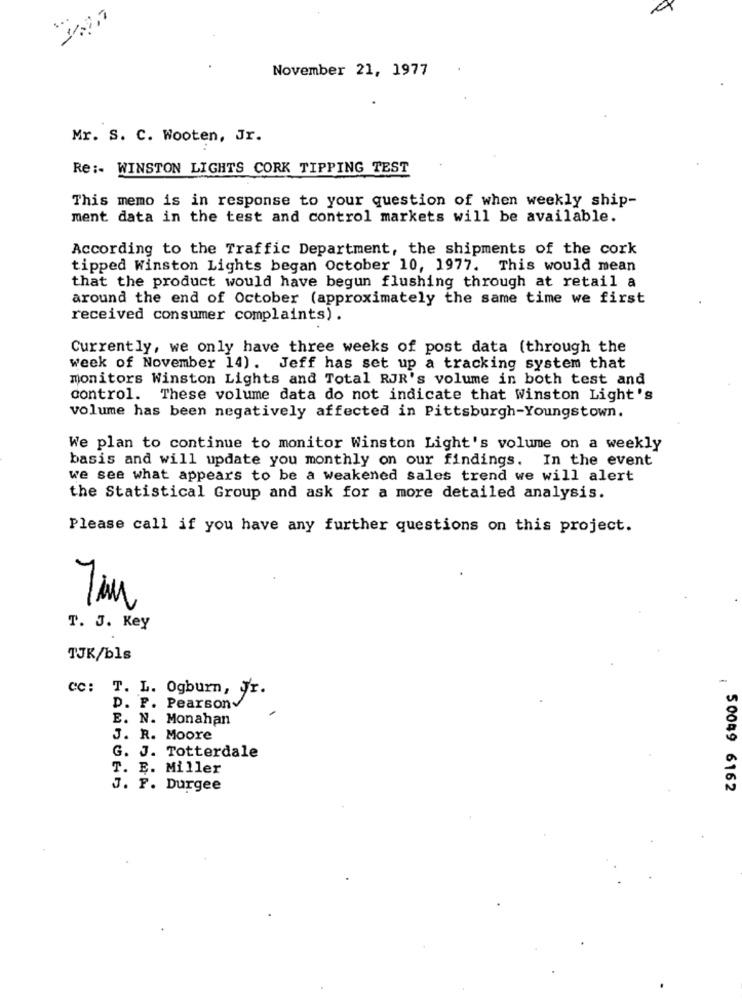
November 21, 1977
Mr. S. C. Wooten, Jr.
Re :- WINSTON LIGHTS CORK TIPPING TEST
This memo is in response to your question of when weekly ship-
ment data in the test and control markets will be available.
According to the Traffic Department, the shipments of the cork
tipped Winston Lights began October 10, 1977. This would mean
that the product would have begun flushing through at retail a
around the end of October (approximately the same time we first
received consumer complaints).
Currently, we only have three weeks of post data (through the
week of November 14). Jeff has set up a tracking system that
monitors Winston Lights and Total RJR's volume in both test and
control. These volume data do not indicate that Winston Light's
volume has been negatively affected in Pittsburgh-Youngstown.
We plan to continue to monitor Winston Light's volume on a weekly
basis and will update you monthly on our findings. In the event
we see what appears to be a weakened sales trend we will alert
the Statistical Group and ask for a more detailed analysis.
Please call if you have any further questions on this project.
T. J. Key
TJK/bls
-
CC: T. L. Ogburn, Jr.
D. P. Pearsonv
E. N. Monahan
J. R. Moore
G. J. Totterdale
T. E. Miller
J. F. Durgee
50049 6162